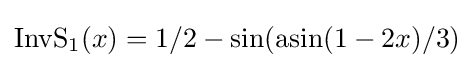
\operatorname {InvS} _{1}(x)=1/2-\sin(\operatorname {asin} (1-2x)/3)